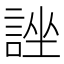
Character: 𧨀